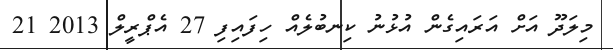
މިލަދޫ އަށް އަރައިގެން އުޅުނު ކިނބުލެއް ހިފައިފި 27 އެޕްރީލް 2013 21